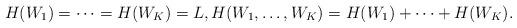
LaTeX: \begin{align*}H(W_1)=\dots=H(W_K)=L, H(W_1, \dots, W_K)=H(W_1)+\dots+H(W_K). \end{align*}